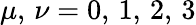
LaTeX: \mu,\, \nu=0,\, 1,\, 2,\, 3